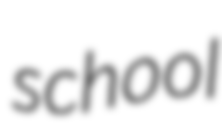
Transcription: school